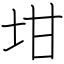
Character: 坩